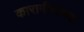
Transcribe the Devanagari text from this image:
कारागीरांच्या